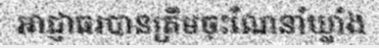
អាជ្ញាធរបានត្រឹមចុះណែនាំឃ្លាំង